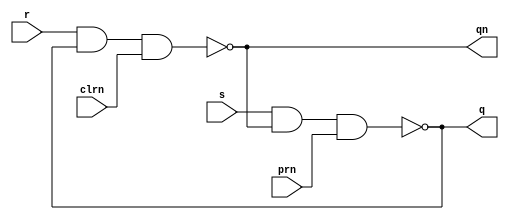
module sr_latch(s,r,clrn,prn,q,qn);
	input s,r,clrn,prn;
	output reg q,qn;

	always@(*) begin
    q <= ~(s & qn & prn);
    qn <= ~(r & q & clrn);
	end 
endmodule